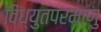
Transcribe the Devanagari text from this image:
विध्युतपरमाणु